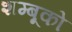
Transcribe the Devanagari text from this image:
शम्बूको